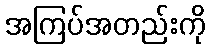
အကြပ်အတည်းကို